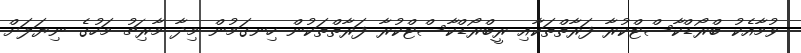
ވުމާއެކު ބްރޯޑްކާސްޓްކުރާ ފަރާތްތަކާއި ރީބްރޯޑްކާސްޓްކުރާ ފަރާތްތަކުން ހިނގަމުން މިދާ މާރިޗު މަހުގެ ނިޔަލަށް